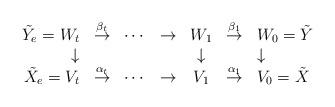
LaTeX: \begin{align*}\begin{array}{rcccccl}\tilde Y_e=W_t&\stackrel{\beta_t}{\rightarrow}& \cdots &\rightarrow &W_1&\stackrel{\beta_1}{\rightarrow}& W_0=\tilde Y\\\downarrow &&&&\downarrow&&\downarrow\\\tilde X_e=V_t&\stackrel{\alpha_t}{\rightarrow}& \cdots& \rightarrow &V_1&\stackrel{\alpha_1}{\rightarrow}& V_0=\tilde X\end{array}\end{align*}